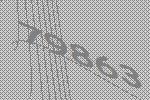
79863